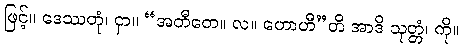
ဖြင့်။ ဒေဿတုံ၊ ငှာ။ “အတီတေ။ လ။ ဟောဟီ”တိ အာဒိ သုတ္တံ၊ ကို။